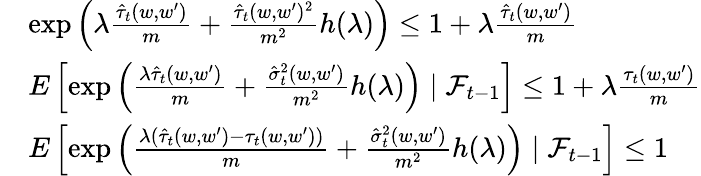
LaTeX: \begin{array}{rl}&{\exp\left(\lambda\frac{\hat{\tau}_{t}(w,w^{\prime})}{m}+\frac{\hat{\tau}_{t}(w,w^{\prime})^{2}}{m^{2}}h(\lambda)\right)\leq 1+\lambda\frac{\hat{\tau}_{t}(w,w^{\prime})}{m}}\\ &{E\left[\exp\left(\frac{\lambda\hat{\tau}_{t}(w,w^{\prime})}{m}+\frac{\hat{\sigma}_{t}^{2}(w,w^{\prime})}{m^{2}}h(\lambda)\right)\mid\mathcal{F}_{t-1}\right]\leq 1+\lambda\frac{\tau_{t}(w,w^{\prime})}{m}}\\ &{E\left[\exp\left(\frac{\lambda(\hat{\tau}_{t}(w,w^{\prime})-\tau_{t}(w,w^{\prime}))}{m}+\frac{\hat{\sigma}_{t}^{2}(w,w^{\prime})}{m^{2}}h(\lambda)\right)\mid\mathcal{F}_{t-1}\right]\leq 1}\end{array}